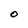
Character: O